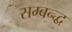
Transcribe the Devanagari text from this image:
सम्बन्द्ध